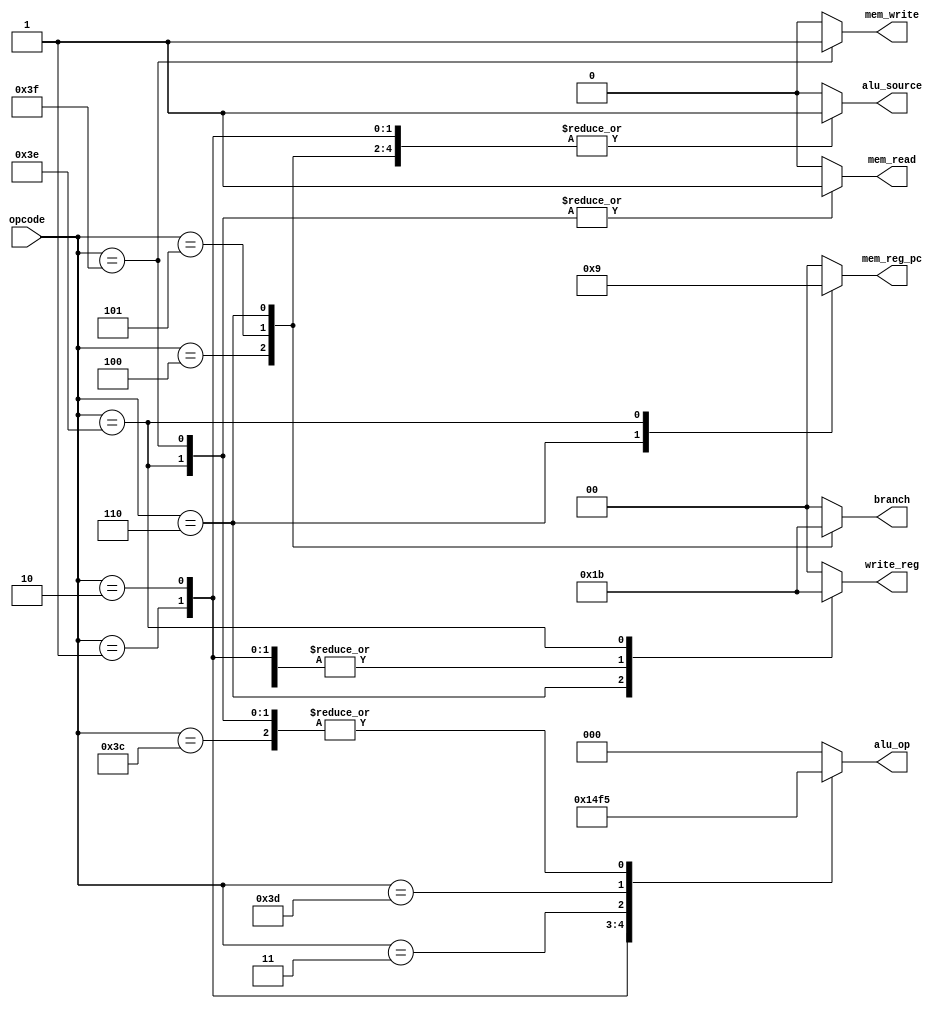
`timescale 1ns / 1ps

//////////////////////////////////////////////////////////////////////////////////
// Assignment Number: 7 [KGP-RISC]
// Module: Main Control
// Semester Number: 5
// Group Number: G1
// Group Members: Animesh Jha (19CS10070) and Nisarg Upadhyaya (19CS30031)
//////////////////////////////////////////////////////////////////////////////////

module main_control(
    input [5:0] opcode,
    output reg [1:0] branch,
    output reg mem_read,
    output reg mem_write,
    output reg [1:0] mem_reg_pc,
    output reg [2:0] alu_op,
    output reg alu_source,
    output reg [1:0] write_reg
    );

    /*
        Assign the values based on the following table:
        OPCODE | ALUop | ALUsource | WriteReg | MemWrite | MemRead | MemRegPC | Branch
        000001 | 001   | 1         | 10       | 0        | 0       | 00       | 00
        000010 | 010   | 1         | 10       | 0        | 0       | 00       | 00
        000011 | 011   | 1         | 10       | 0        | 0       | 00       | 00
        000100 | 000   | 1         | 00       | 0        | 0       | 00       | 01
        000101 | 000   | 1         | 00       | 0        | 0       | 00       | 10
        000110 | 000   | 1         | 01       | 0        | 0       | 10       | 11
        111100 | 101   | 0         | 10       | 0        | 0       | 00       | 00
        111101 | 110   | 0         | 10       | 0        | 0       | 00       | 00
        111110 | 101   | 0         | 11       | 0        | 1       | 01       | 00
        111111 | 101   | 0         | 00       | 1        | 1       | 00       | 00
    */

    always @(*) begin
        case(opcode)
            6'b000001:
                begin
                    branch <= 2'b00;
                    mem_read <= 1'b0;
                    mem_write <= 1'b0;
                    mem_reg_pc <= 2'b00;
                    alu_op <= 3'b001;
                    alu_source <= 1'b1;
                    write_reg <= 2'b10;
                end
            6'b000010:
                begin
                    branch <= 2'b00;
                    mem_read <= 1'b0;
                    mem_write <= 1'b0;
                    mem_reg_pc <= 2'b00;
                    alu_op <= 3'b010;
                    alu_source <= 1'b1;
                    write_reg <= 2'b10;
                end
            6'b000011:
                begin
                    branch <= 2'b00;
                    mem_read <= 1'b0;
                    mem_write <= 1'b0;
                    mem_reg_pc <= 2'b00;
                    alu_op <= 3'b011;
                    alu_source <= 1'b1;
                    write_reg <= 2'b10;
                end
            6'b000100:
                begin
                    branch <= 2'b01;
                    mem_read <= 1'b0;
                    mem_write <= 1'b0;
                    mem_reg_pc <= 2'b00;
                    alu_op <= 3'b000;
                    alu_source <= 1'b1;
                    write_reg <= 2'b00;
                end
            6'b000101:
                begin
                    branch <= 2'b10;
                    mem_read <= 1'b0;
                    mem_write <= 1'b0;
                    mem_reg_pc <= 2'b00;
                    alu_op <= 3'b000;
                    alu_source <= 1'b1;
                    write_reg <= 2'b00;
                end
            6'b000110:
                begin
                    branch <= 2'b11;
                    mem_read <= 1'b0;
                    mem_write <= 1'b0;
                    mem_reg_pc <= 2'b10;
                    alu_op <= 3'b000;
                    alu_source <= 1'b1;
                    write_reg <= 2'b01;
                end
            6'b111100:
                begin
                    branch <= 2'b00;
                    mem_read <= 1'b0;
                    mem_write <= 1'b0;
                    mem_reg_pc <= 2'b00;
                    alu_op <= 3'b101;
                    alu_source <= 1'b0;
                    write_reg <= 2'b10;
                end
            6'b111101:
                begin
                    branch <= 2'b00;
                    mem_read <= 1'b0;
                    mem_write <= 1'b0;
                    mem_reg_pc <= 2'b00;
                    alu_op <= 3'b110;
                    alu_source <= 1'b0;
                    write_reg <= 2'b10;
                end
            6'b111110:
                begin
                    branch <= 2'b00;
                    mem_read <= 1'b1;
                    mem_write <= 1'b0;
                    mem_reg_pc <= 2'b01;
                    alu_op <= 3'b101;
                    alu_source <= 1'b0;
                    write_reg <= 2'b11;
                end
            6'b111111:
                begin
                    branch <= 2'b00;
                    mem_read <= 1'b1;
                    mem_write <= 1'b1;
                    mem_reg_pc <= 2'b00;
                    alu_op <= 3'b101;
                    alu_source <= 1'b0;
                    write_reg <= 2'b00;
                end
            default:
                begin
                    branch <= 2'b00;
                    mem_read <= 1'b0;
                    mem_write <= 1'b0;
                    mem_reg_pc <= 2'b00;
                    alu_op <= 3'b000;
                    alu_source <= 1'b0;
                    write_reg <= 2'b00;
                end
        endcase
    end

endmodule